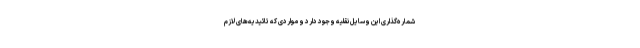
شماره‌گذاری این وسایل نقلیه وجود دارد و مواردی که تائیدیه‌های لازم